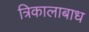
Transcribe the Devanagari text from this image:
त्रिकालाबाध